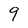
Character: 9